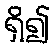
ရှိ၍